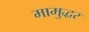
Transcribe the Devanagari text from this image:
मामुद्धर